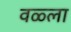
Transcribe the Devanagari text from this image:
वळ्ला